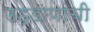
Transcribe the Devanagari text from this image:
उड्डाणांची